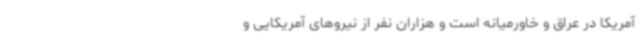
آمریکا در عراق و خاورمیانه است و هزاران نفر از نیروهای آمریکایی و